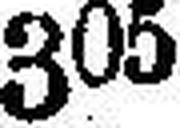
305